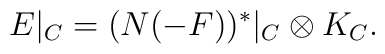
E|_{C}=(N(-F))^{*}|_C \otimes K_C.